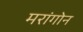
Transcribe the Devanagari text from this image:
मरांगोन